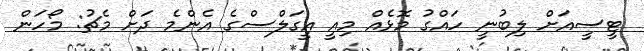
ޓީސީއަށް ލިބުނީ ހައްގު މޮޅެއް މިއީ އީގަލްސްގެ އެންމެ ދަށް މެޗު: މޯހަން